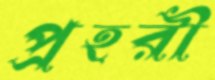
প্রহরী